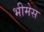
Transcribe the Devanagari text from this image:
भीमेस